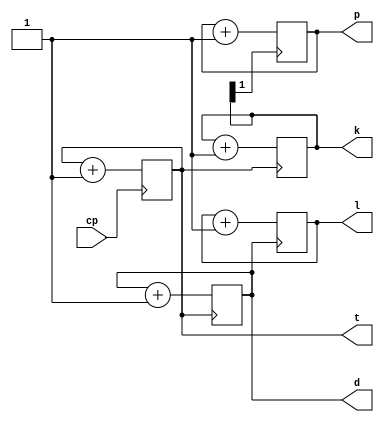
`timescale 1ns / 1ps
//////////////////////////////////////////////////////////////////////////////////
// Company: 
// Engineer: 
// 
// Design Name: 
// Module Name:    CLK_DIV_2_4_8_16 
// Project Name: 
// Target Devices: 
// Tool versions: 
// Description: 
//
// Dependencies: 
//
// Revision: 
// Revision 0.01 - File Created
// Additional Comments: 
//
//////////////////////////////////////////////////////////////////////////////////
module CLK_DIV_2_4_8_16(cp,
d,
t,
k,
p,
l
   );
input cp;
output reg d;

initial d=0;

output reg  t;
initial t=0;
output reg [1:0] k;
initial k=0;
output reg  p;
initial p=0;
output reg  l;
initial l=0;
always @(posedge cp)
begin
  t=t+1;
end
always @(posedge t)
begin  
   k=k+1;
end
always @(posedge k[1])
begin  
   p=p+1;
end
always @(posedge t)
begin  
   d=d+1;
end

always @(posedge d)
begin  
   l=l+1;
end
  

endmodule